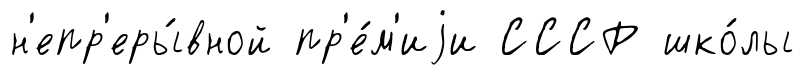
н'епр'еры́вной пр'е́м'иjи СССР шко́лы